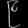
Digit: ၉